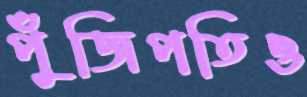
পুঁজিপতিও